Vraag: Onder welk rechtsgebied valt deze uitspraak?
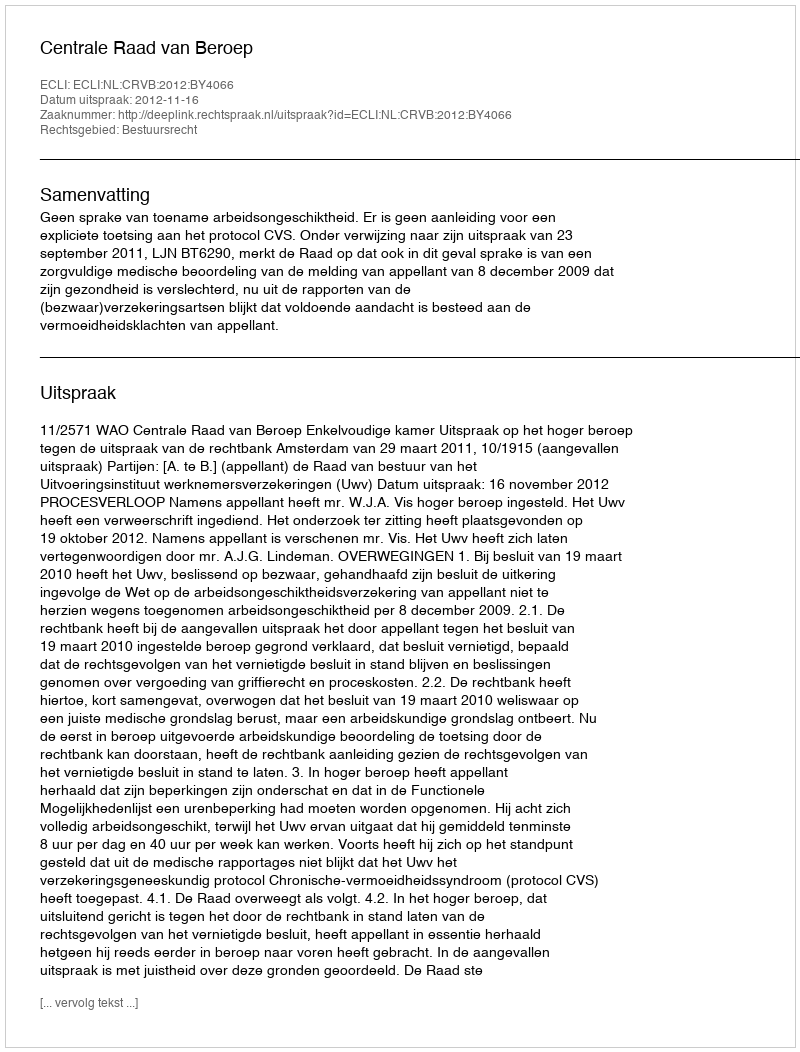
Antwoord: Bestuursrecht